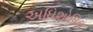
અધિશોષિત